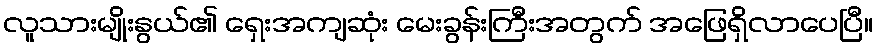
လူသားမျိုးနွယ်၏ ရှေးအကျဆုံး မေးခွန်းကြီးအတွက် အဖြေရှိလာပေပြီ။